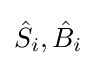
{\hat {S}}_{i},{\hat {B}}_{i}